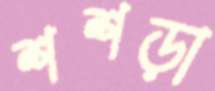
শশড়া